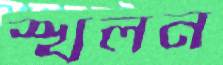
স্খলন